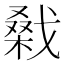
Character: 𢧱